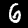
Digit: 6